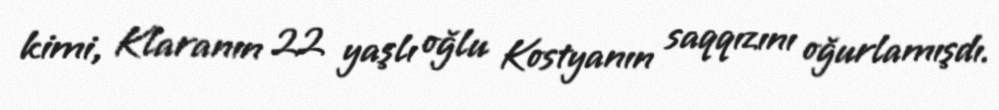
kimi, Klaranın 22 yaşlı oğlu Kostyanın saqqızını oğurlamışdı.